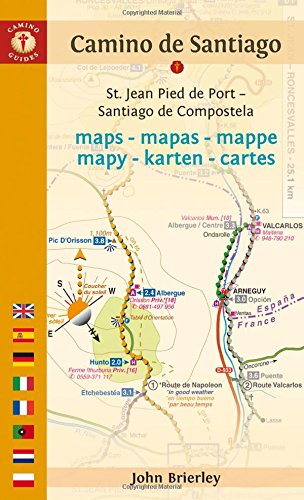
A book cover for Camino de Santiago Maps - Mapas - Cartes: St. Jean Pied de Port EE Santiago de Compostela; Travel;